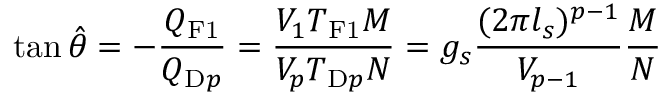
\tan \hat { \theta } = - \frac { Q _ { \mathrm { F 1 } } } { Q _ { \mathrm { D } p } } = \frac { V _ { 1 } T _ { \mathrm { F 1 } } M } { V _ { p } T _ { \mathrm { D } p } N } = g _ { s } \frac { ( 2 \pi l _ { s } ) ^ { p - 1 } } { V _ { p - 1 } } \frac { M } { N }